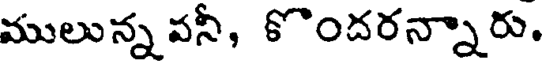
ములున్న వనీ, కొందరన్నారు.